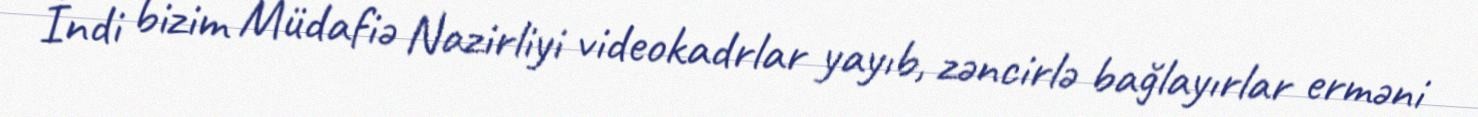
İndi bizim Müdafiə Nazirliyi videokadrlar yayıb, zəncirlə bağlayırlar erməni